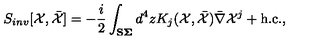
S _ { i n v } [ { \cal X } , \bar { { \cal X } } ] = - { \frac { i } { 2 } } \int _ { \bf { S \Sigma } } d ^ { 4 } z K _ { j } ( { \cal X } , \bar { { \cal X } } ) \bar { \nabla } { \cal X } ^ { j } + \mathrm { h . c . } ,